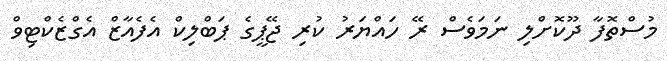
މުސްތޮފާ ދޫކޮށްލި ނަމަވެސް ރޭ ހައްޔަރު ކުރި ޖޭޕީގެ ޕަބްލިކް އެފެއާޒް އެގްޒެކްޓިވް